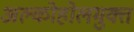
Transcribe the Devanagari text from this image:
अल्कोहोलमुक्त